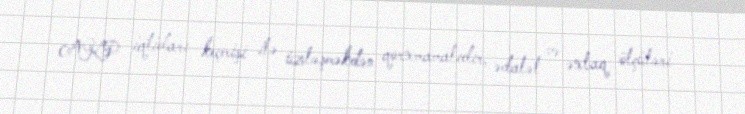
AKP iqtidarı keçmişi ilə üzləşməkdən qorxmamalıdır, ədalət və əxlaq ölçüləri